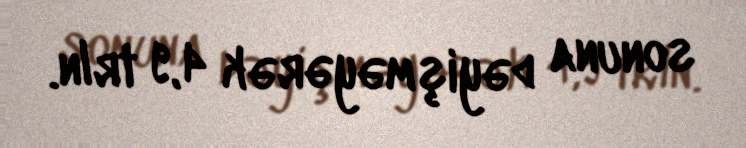
sonuna dəyişməyərək 4,9 trln.